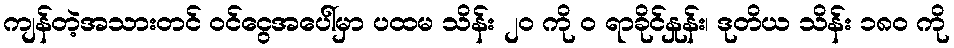
ကျန်တဲ့အသားတင် ဝင်ငွေအပေါ်မှာ ပထမ သိန်း ၂၀ ကို ဝ ရာခိုင်နှုန်း၊ ဒုတိယ သိန်း ၁၈၀ ကို